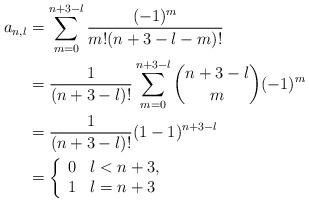
LaTeX: \begin{align*} a_{n,l}&=\sum_{m=0}^{n+3-l}\frac{(-1)^m}{m!(n+3-l-m)!}\\&=\frac{1}{(n+3-l)!}\sum_{m=0}^{n+3-l}\binom{n+3-l}{m}(-1)^m\\&=\frac{1}{(n+3-l)!}(1-1)^{n+3-l}\\&=\left\{\begin{array}{ll} 0 & l<n+3,\\ 1 & l=n+3\end{array}\right.\end{align*}